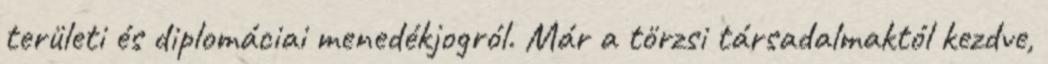
területi és diplomáciai menedékjogról. Már a törzsi társadalmaktól kezdve,